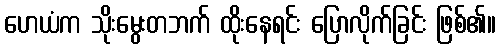
ဟေယံက သိုးမွေးတဘက် ထိုးနေရင်း ပြောလိုက်ခြင်း ဖြစ်၏။